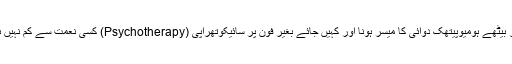
گھر بیٹھے ہومیوپیتھک دوائی کا میسر ہونا اور کہیں جائے بغیر فون پر سائیکوتھراپی (Psychotherapy) کسی نعمت سے کم نہیں ہے۔